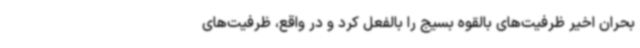
بحران اخیر ظرفیت‌های بالقوه بسیج را بالفعل کرد و در واقع، ظرفیت‌های